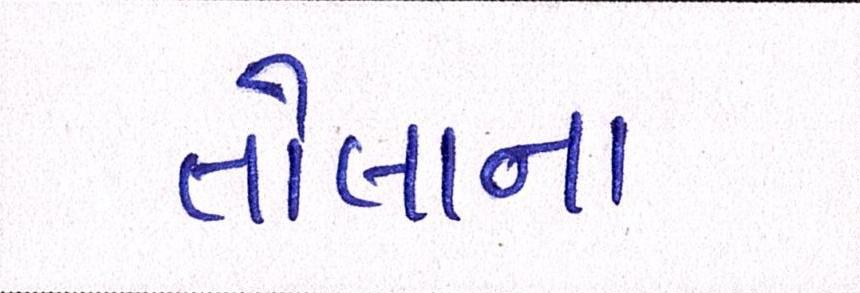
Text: તોલાના